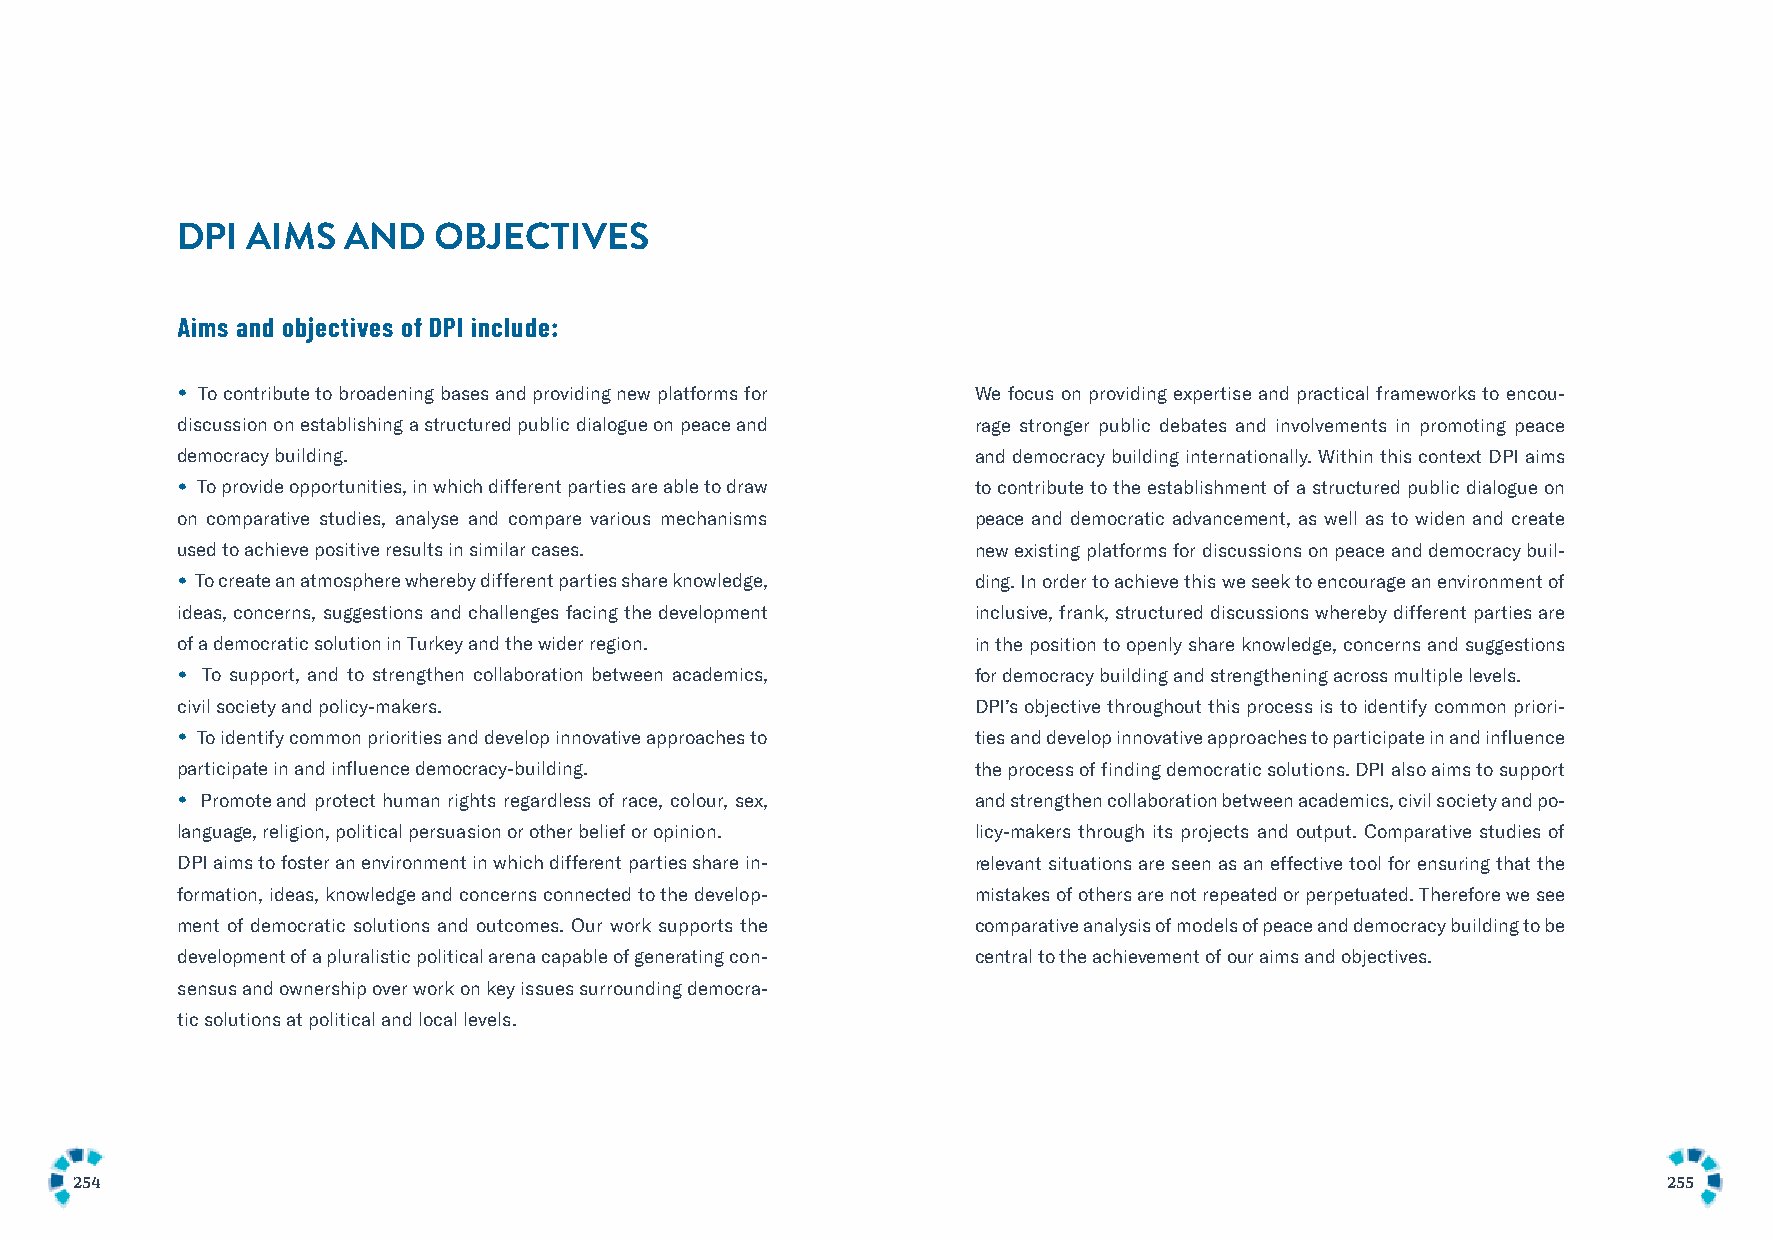
DPI AIMS   AND   OBJECTIVES
 Aims and objectives of DPI include:
 •
 To contribute to broadening bases and providing new platforms for We focus on providing expertise and practical frameworks to encou-
 discussion on establishing a structured public dialogue on peace and rage stronger public debates and involvements in promoting peace
 democracy building.                                  and democracy building internationally. Within this context DPI aims
 •
 To provide opportunities, in which different parties are able to draw to contribute to the establishment of a structured public dialogue on
 on comparative studies, analyse and compare various mechanisms peace and democratic advancement, as well as to widen and create
 used to achieve positive results in similar cases.   new existing platforms for discussions on peace and democracy buil-
 •
 To create an atmosphere whereby different parties share knowledge, ding. In order to achieve this we seek to encourage an environment of
 ideas, concerns, suggestions and challenges facing the development inclusive, frank, structured discussions whereby different parties are
 of a democratic solution in Turkey and the wider region. in the position to openly share knowledge, concerns and suggestions
 •
 To support, and to strengthen collaboration between academics, for democracy building and strengthening across multiple levels.
 civil society and policy-makers.                     DPI’s objective throughout this process is to identify common priori-
 •
 To identify common priorities and develop innovative approaches to ties and develop innovative approaches to participate in and influence
 participate in and influence democracy-building.     the process of finding democratic solutions. DPI also aims to support
 •
 Promote and protect human rights regardless of race, colour, sex, and strengthen collaboration between academics, civil society and po-
 language, religion, political persuasion or other belief or opinion. licy-makers through its projects and output. Comparative studies of
 DPI aims to foster an environment in which different parties share in- relevant situations are seen as an effective tool for ensuring that the
 formation, ideas, knowledge and concerns connected to the develop- mistakes of others are not repeated or perpetuated. Therefore we see
 ment of democratic solutions and outcomes. Our work supports the comparative analysis of models of peace and democracy building to be
 development of a pluralistic political arena capable of generating con- central to the achievement of our aims and objectives.
 sensus and ownership over work on key issues surrounding democra-
 tic solutions at political and local levels.
 254                                                                                                      255